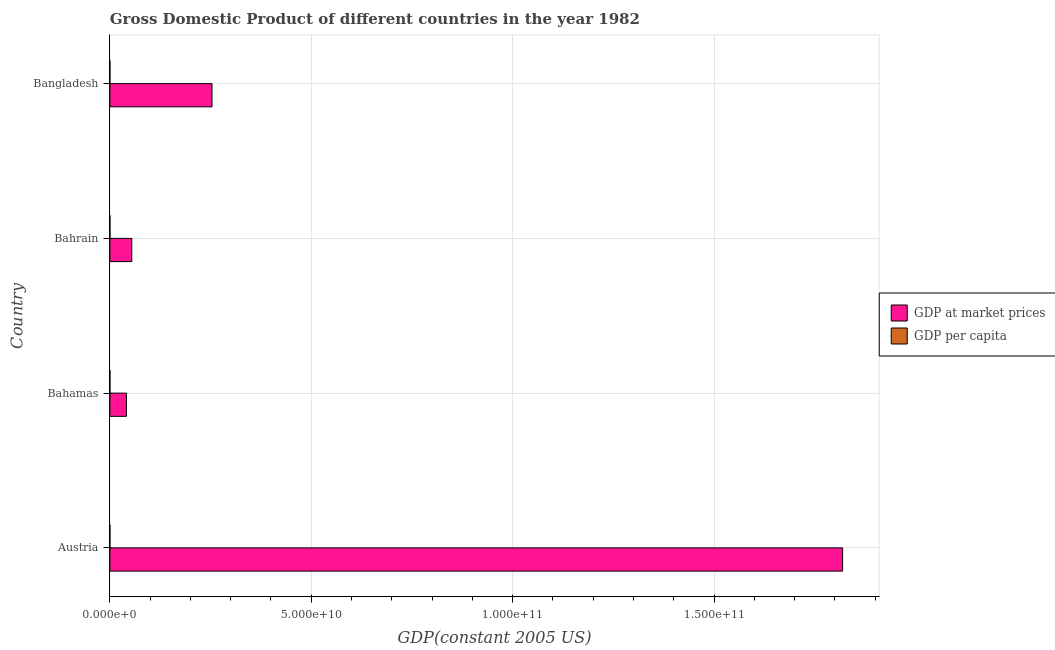
| Country | GDP at market prices | GDP per capita |
 | --- | --- | --- |
 | Austria | 1.82e+11 | 2.4e+04 |
 | Bahamas | 4.11e+09 | 1.87e+04 |
 | Bahrain | 5.43e+09 | 1.41e+04 |
 | Bangladesh | 2.54e+10 | 295 |